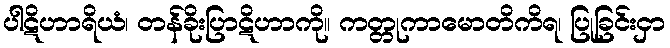
ပါဋိဟာရိယံ၊ တန်ခိုးပြာဋိဟာကို။ ကတ္တုကာမောတိကိရ၊ ပြုခြင်းငှာ